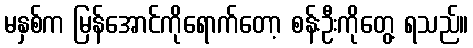
မနှစ်က မြန်အောင်ကိုရောက်တော့ စန်းဦးကိုတွေ့ ရသည်။